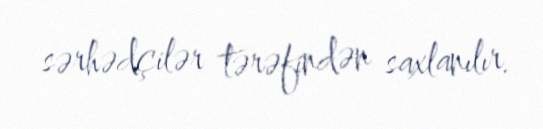
sərhədçilər tərəfindən saxlanılır.